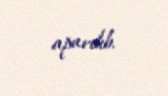
aparılıb.